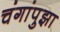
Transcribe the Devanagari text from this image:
चंगांपुझा